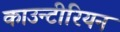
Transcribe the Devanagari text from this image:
काउन्टीरियन